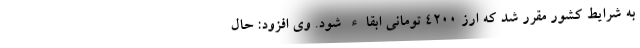
به شرایط کشور مقرر شد که ارز ۴۲۰۰ تومانی ابقاء شود. وی افزود: حال